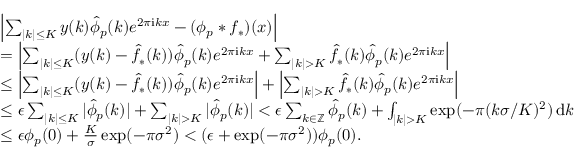
\begin{array} { r l } & { \left| \sum _ { | k | \le K } y ( k ) \hat { \phi } _ { p } ( k ) e ^ { 2 \pi \mathrm { i } k x } - ( \phi _ { p } * f _ { * } ) ( x ) \right| } \\ & { = \left| \sum _ { | k | \le K } ( y ( k ) - \hat { f _ { * } } ( k ) ) \hat { \phi } _ { p } ( k ) e ^ { 2 \pi \mathrm { i } k x } + \sum _ { | k | > K } \hat { f } _ { * } ( k ) \hat { \phi } _ { p } ( k ) e ^ { 2 \pi \mathrm { i } k x } \right| } \\ & { \le \left| \sum _ { | k | \le K } ( y ( k ) - \hat { f _ { * } } ( k ) ) \hat { \phi } _ { p } ( k ) e ^ { 2 \pi \mathrm { i } k x } \right| + \left| \sum _ { | k | > K } \hat { f } _ { * } ( k ) \hat { \phi } _ { p } ( k ) e ^ { 2 \pi \mathrm { i } k x } \right| } \\ & { \le \epsilon \sum _ { | k | \le K } | \hat { \phi } _ { p } ( k ) | + \sum _ { | k | > K } | \hat { \phi } _ { p } ( k ) | < \epsilon \sum _ { k \in \mathbb { Z } } \hat { \phi } _ { p } ( k ) + \int _ { | k | > K } \exp ( - \pi ( k \sigma / K ) ^ { 2 } ) \, \mathrm { d } k } \\ & { \le \epsilon \phi _ { p } ( 0 ) + \frac { K } { \sigma } \exp ( - \pi \sigma ^ { 2 } ) < ( \epsilon + \exp ( - \pi \sigma ^ { 2 } ) ) \phi _ { p } ( 0 ) . } \end{array}